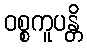
ဝစ္စကူပန္တိ